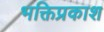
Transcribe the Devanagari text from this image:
भक्तिप्रकाश